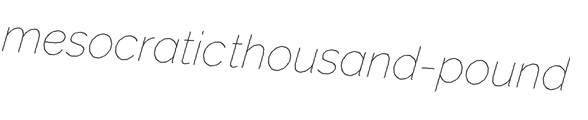
mesocratic thousand-pound